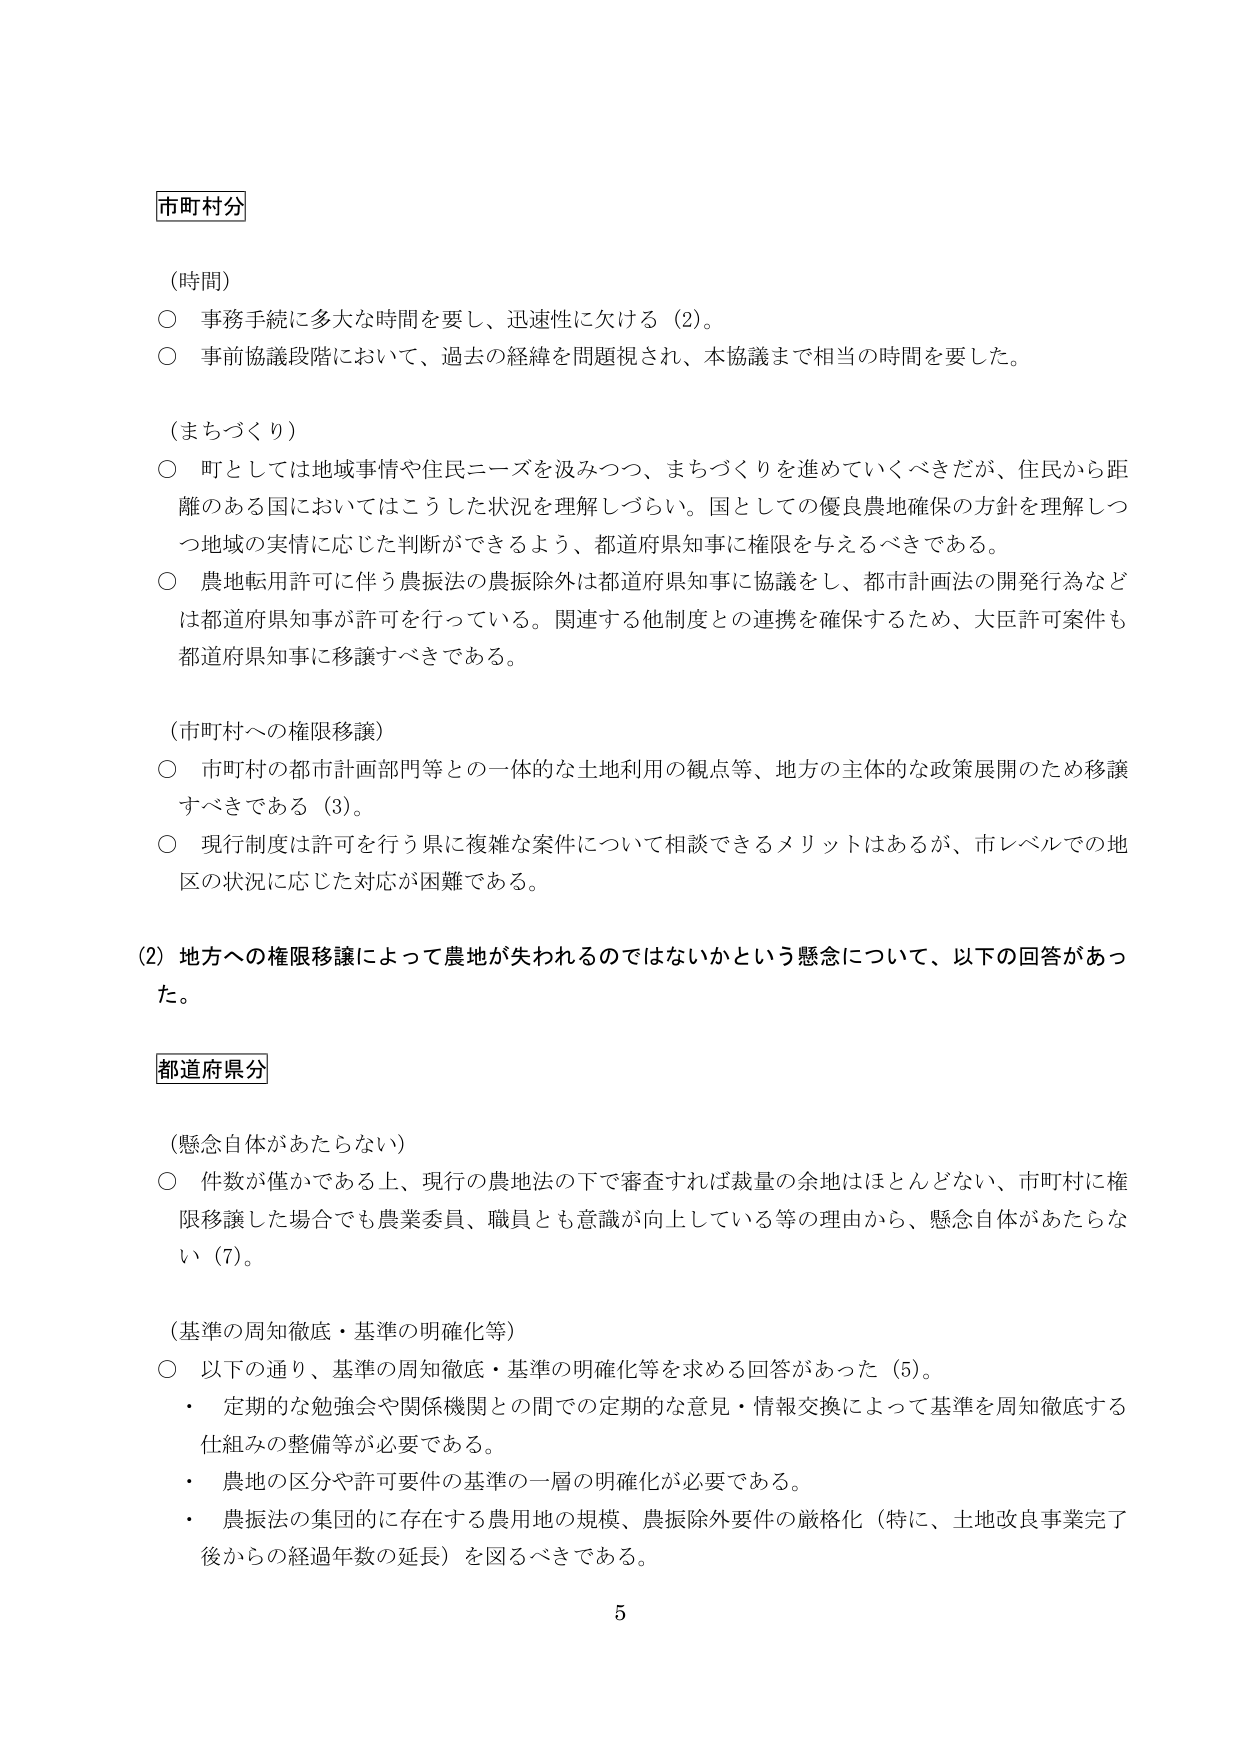
市町村分

（時間）
○ 事務手続に多大な時間を要し、迅速性に欠ける（2）。
○ 事前協議段階において、過去の経緯を問題視され、本協議まで相当の時間を要した。

（まちづくり）
○ 町としては地域事情や住民ニーズを汲みつつ、まちづくりを進めていくべきだが、住民から距離のある国においてはこうした状況を理解しづらい。国としての優良農地確保の方針を理解しつつ地域の実情に応じた判断ができるよう、都道府県知事に権限を与えるべきである。
○ 農地転用許可に伴う農振法の農振除外は都道府県知事に協議をし、都市計画法の開発行為などは都道府県知事が許可を行っている。関連する他制度との連携を確保するため、大臣許可案件も都道府県知事に移譲すべきである。

（市町村への権限移譲）
○ 市町村の都市計画部門等との一体的な土地利用の観点等、地方の主体的な政策展開のため移譲すべきである（3）。
○ 現行制度は許可を行う県に複雑な案件について相談できるメリットはあるが、市レベルでの地区の状況に応じた対応が困難である。

（2）地方への権限移譲によって農地が失われるのではないかという懸念について、以下の回答があった。

都道府県分

（懸念自体があたらない）
○ 件数が僅かである上、現行の農地法の下で審査すれば裁量の余地はほとんどない、市町村に権限移譲した場合でも農業委員、職員とも意識が向上している等の理由から、懸念自体があたらない（7）。

（基準の周知徹底・基準の明確化等）
○ 以下の通り、基準の周知徹底・基準の明確化等を求める回答があった（5）。
・ 定期的な勉強会や関係機関との間での定期的な意見・情報交換によって基準を周知徹底する仕組みの整備等が必要である。
・ 農地の区分や許可要件の基準の一層の明確化が必要である。
・ 農振法の集団的に存在する農用地の規模、農振除外要件の厳格化（特に、土地改良事業完了後からの経過年数の延長）を図るべきである。

5